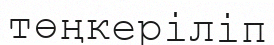
төңкеріліп